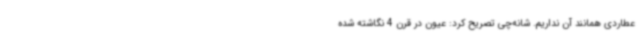
عطاردی همانند آن نداریم. شانه‌چی تصریح کرد: عیون در قرن 4 نگاشته شده